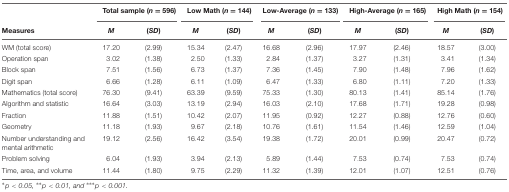
|  | <COLSPAN=2> Total sample (n = 596) | <COLSPAN=2> Low Math (n = 144) | <COLSPAN=2> Low-Average (n = 133) | <COLSPAN=2> High-Average (n = 165) | <COLSPAN=2> High Math (n = 154) |
 | Measures | M | (SD) | M | (SD) | M | (SD) | M | (SD) | M | (SD) |
 | --- | --- | --- | --- | --- | --- | --- | --- | --- | --- | --- |
 | WM (total score) | 17.20 | (2.99) | 15.34 | (2.47) | 16.68 | (2.96) | 17.97 | (2.46) | 18.57 | (3.00) |
 | Operation span | 3.02 | (1.38) | 2.50 | (1.33) | 2.84 | (1.37) | 3.27 | (1.31) | 3.41 | (1.34) |
 | Block span | 7.51 | (1.56) | 6.73 | (1.37) | 7.36 | (1.45) | 7.90 | (1.48) | 7.96 | (1.62) |
 | Digit span | 6.66 | (1.28) | 6.11 | (1.09) | 6.47 | (1.33) | 6.80 | (1.11) | 7.20 | (1.33) |
 | Mathematics (total score) | 76.30 | (9.41) | 63.39 | (9.59) | 75.33 | (1.30) | 80.13 | (1.41) | 85.14 | (1.76) |
 | Algorithm and statistic | 16.64 | (3.03) | 13.19 | (2.94) | 16.03 | (2.10) | 17.68 | (1.71) | 19.28 | (0.98) |
 | Fraction | 11.88 | (1.51) | 10.42 | (2.07) | 11.95 | (0.92) | 12.27 | (0.88) | 12.76 | (0.60) |
 | Geometry | 11.18 | (1.93) | 9.67 | (2.18) | 10.76 | (1.61) | 11.54 | (1.46) | 12.59 | (1.04) |
 | Number understanding and mental arithmetic | 19.12 | (2.56) | 16.42 | (3.54) | 19.38 | (1.72) | 20.01 | (0.99) | 20.47 | (0.72) |
 | Problem solving | 6.04 | (1.93) | 3.94 | (2.13) | 5.89 | (1.44) | 7.53 | (0.74) | 7.53 | (0.74) |
 | Time, area, and volume | 11.44 | (1.80) | 9.75 | (2.29) | 11.32 | (1.39) | 12.01 | (1.07) | 12.51 | (0.76) |